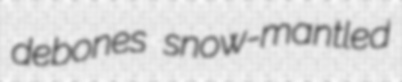
debones snow-mantled